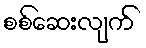
စစ်ဆေးလျက်